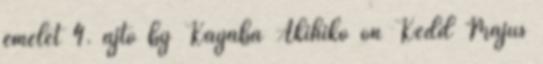
emelet 4. ajtó by Kayaba Akihiko on Kedd Május